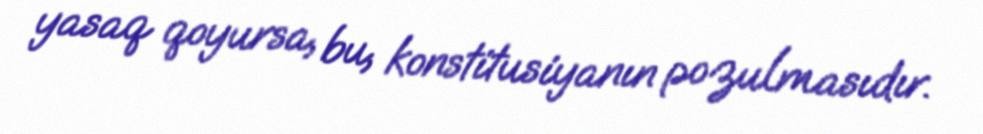
yasaq qoyursa, bu, konstitusiyanın pozulmasıdır.